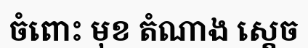
ចំពោះ មុខ តំណាង ស្តេច